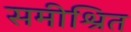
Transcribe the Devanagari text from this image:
समीश्रित